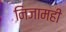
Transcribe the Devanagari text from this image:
निजामही